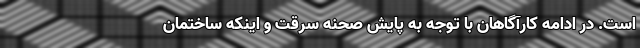
است. در ادامه کارآگاهان با توجه به پایش صحنه سرقت و اینکه ساختمان